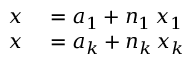
\begin{array} { r l } { x } & { { } = a _ { 1 } + n _ { 1 } \, x _ { 1 } } \\ { x } & { { } = a _ { k } + n _ { k } \, x _ { k } } \end{array}